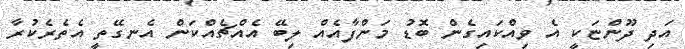
އަދި ދޫންޏަކީ އެ ވިއްކައިގެން ބޮޑު މަންފާއެއް ލިބޭ އެއްޗެއްކަން އެނގޭތީ އެތެރެކުރާ